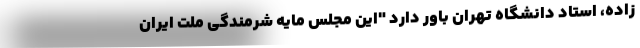
‌زاده، استاد دانشگاه تهران باور دارد "این مجلس مایه شرمندگی ملت ایران